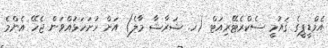
އެމްޑީޕީގެ ޤައުމީ ސެކްރެޓޭރިއަޓް (ހ. ޝަރާޝާ މާލެ) އަށް ހުށަހަޅުއްވަން ޖެހޭ އެންމެ